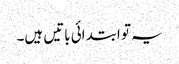
یہ تو ابتدائی باتیں ہیں۔